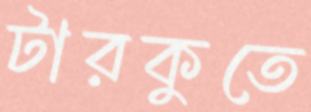
টারকুতে